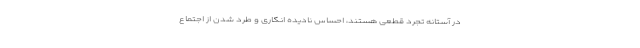
در آستانه تجرد قطعی هستند، احساس نادیده انگاری و طرد شدن از اجتماع